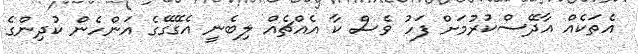
އެތަކެއް އާދޭސްކުރުމަށް ފަހު ވެސް ކާ އެއްޗެއް ލިބެނީ އެގޭގޭގެ އަންހެން ކުދިންގެ